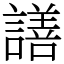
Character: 𧬆